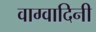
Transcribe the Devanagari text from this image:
वाग्वादिनी